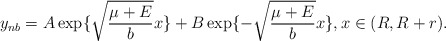
\begin{align*}y_{nb}=A \exp\{ \sqrt{\frac{\mu+E}{b}}x\}+B \exp\{ - \sqrt{\frac{\mu+E}{b}}x\}, x\in (R,R+r).\end{align*}